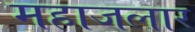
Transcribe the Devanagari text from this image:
महाजलार